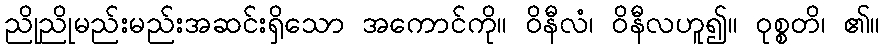
ညိုညိုမည်းမည်းအဆင်းရှိသော အကောင်ကို။ ဝိနီလံ၊ ဝိနီလဟူ၍။ ဝုစ္စတိ၊ ၏။